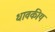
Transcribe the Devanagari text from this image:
धावकीय